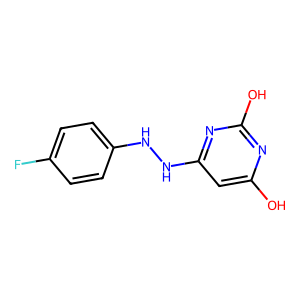
SMILES: Oc1cc(NNc2ccc(F)cc2)nc(O)n1
Inhibits HIV replication: No